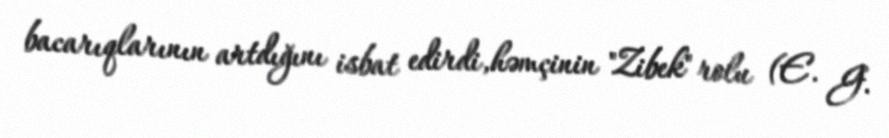
bacarıqlarının artdığını isbat edirdi,həmçinin "Zibek" rolu (E. G.